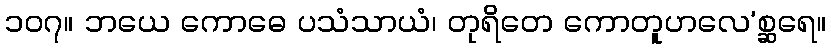
၁၀၇။ ဘယေ ကောဓေ ပသံသာယံ၊ တုရိတေ ကောတူဟလေ’စ္ဆရေ။